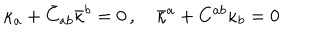
LaTeX: \kappa _ { a } + \bar { C } _ { a b } \bar { \kappa } ^ { b } = 0 \, , \quad \bar { \kappa } ^ { a } + C ^ { a b } \kappa _ { b } = 0